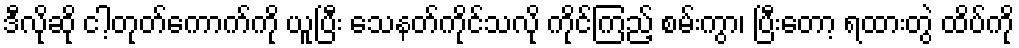
ဒီလိုဆို ငါ့တုတ်ကောက်ကို ယူပြီး သေနတ်ကိုင်သလို ကိုင်ကြည့် စမ်းကွာ၊ ပြီးတော့ ရထားတွဲ ထိပ်ကို